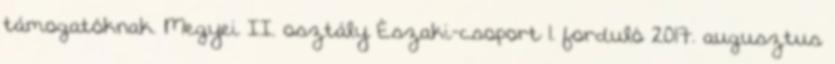
támogatóknak. Megyei II. osztály Északi-csoport 1. forduló 2017. augusztus